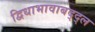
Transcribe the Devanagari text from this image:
द्विधाभावाबद्द्ल